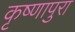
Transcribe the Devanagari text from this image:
कृष्णापुरा